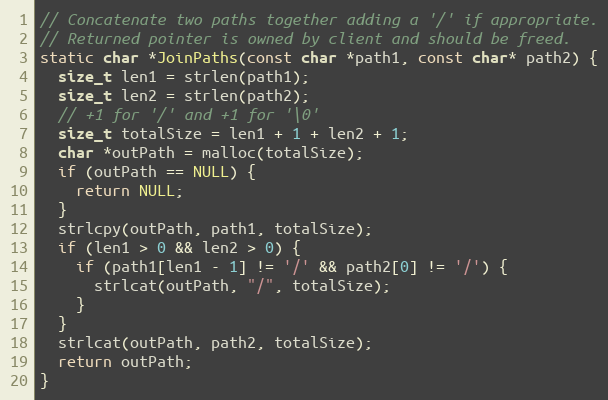
Language: C
// Concatenate two paths together adding a '/' if appropriate.
// Returned pointer is owned by client and should be freed.
static char *JoinPaths(const char *path1, const char* path2) {
  size_t len1 = strlen(path1);
  size_t len2 = strlen(path2);
  // +1 for '/' and +1 for '\0'
  size_t totalSize = len1 + 1 + len2 + 1;
  char *outPath = malloc(totalSize);
  if (outPath == NULL) {
    return NULL;
  }
  strlcpy(outPath, path1, totalSize);
  if (len1 > 0 && len2 > 0) {
    if (path1[len1 - 1] != '/' && path2[0] != '/') {
      strlcat(outPath, "/", totalSize);
    }
  }
  strlcat(outPath, path2, totalSize);
  return outPath;
}